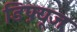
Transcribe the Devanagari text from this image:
डिफ़्यूज